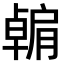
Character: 𫆶